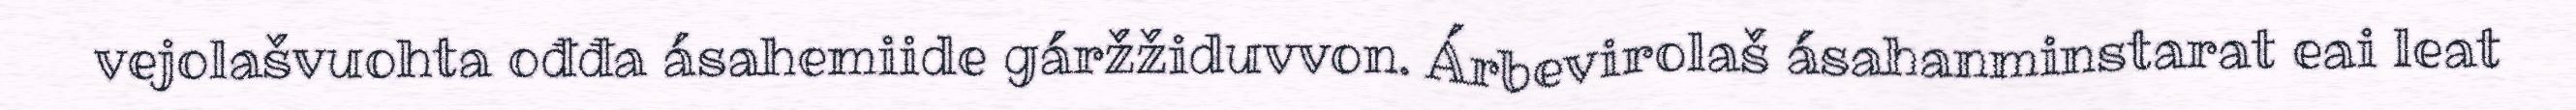
vejolašvuohta ođđa ásahemiide gáržžiduvvon. Árbevirolaš ásahanminstarat eai leat